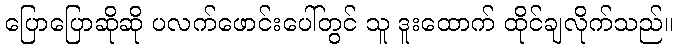
ပြောပြောဆိုဆို ပလက်ဖောင်းပေါ်တွင် သူ ဒူးထောက် ထိုင်ချလိုက်သည်။